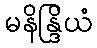
မနိန္ဒြိယံ